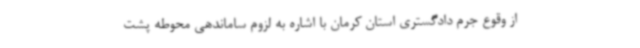
از وقوع جرم دادگستری استان کرمان با اشاره به لزوم ساماندهی محوطه پشت